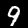
Digit: 9